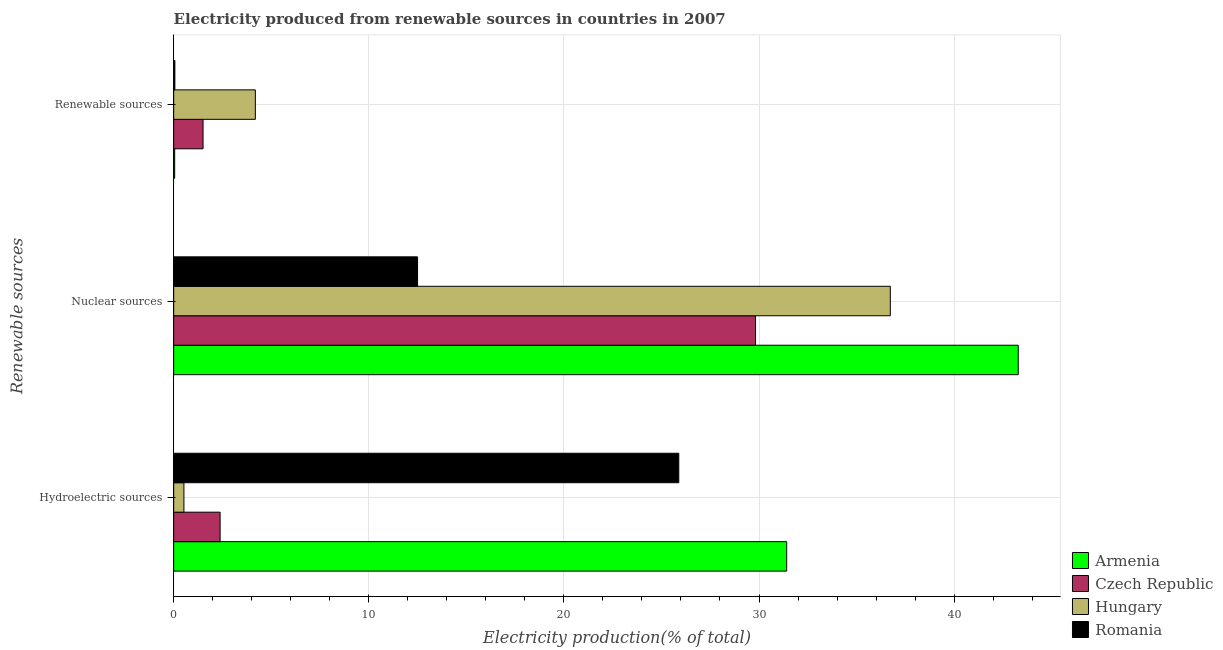
| Renewable sources | Armenia | Czech Republic | Hungary | Romania |
 | --- | --- | --- | --- | --- |
 | Hydroelectric sources | 31.4 | 2.38 | 0.526 | 25.9 |
 | Nuclear sources | 43.3 | 29.8 | 36.7 | 12.5 |
 | Renewable sources | 0.0509 | 1.51 | 4.19 | 0.0616 |